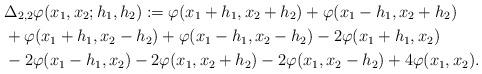
LaTeX: \begin{align*}& \Delta_{2,2} \varphi(x_1, x_2; h_1, h_2): = \varphi (x_1 + h_1, x_2 + h_2) + \varphi (x_1 - h_1, x_2 + h_2) \\& + \varphi (x_1 + h_1, x_2 - h_2) + \varphi (x_1 - h_1, x_2 - h_2) - 2 \varphi (x_1 + h_1, x_2) \\ & - 2 \varphi (x_1-h_1, x_2 ) - 2 \varphi (x_1, x_2 + h_2) - 2 \varphi (x_1, x_2 - h_2) + 4 \varphi (x_1, x_2 ).\end{align*}